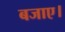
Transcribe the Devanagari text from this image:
बजाए।